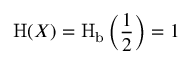
\operatorname { H } ( X ) = \operatorname { H } _ { \mathrm { b } } \left( { \frac { 1 } { 2 } } \right) = 1